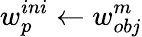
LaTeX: w_{p}^{ini}\leftarrow w_{obj}^{m}